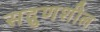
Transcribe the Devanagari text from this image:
सद्गुणशील